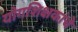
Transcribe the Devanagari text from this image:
योगशिक्षकांचे